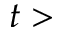
t >